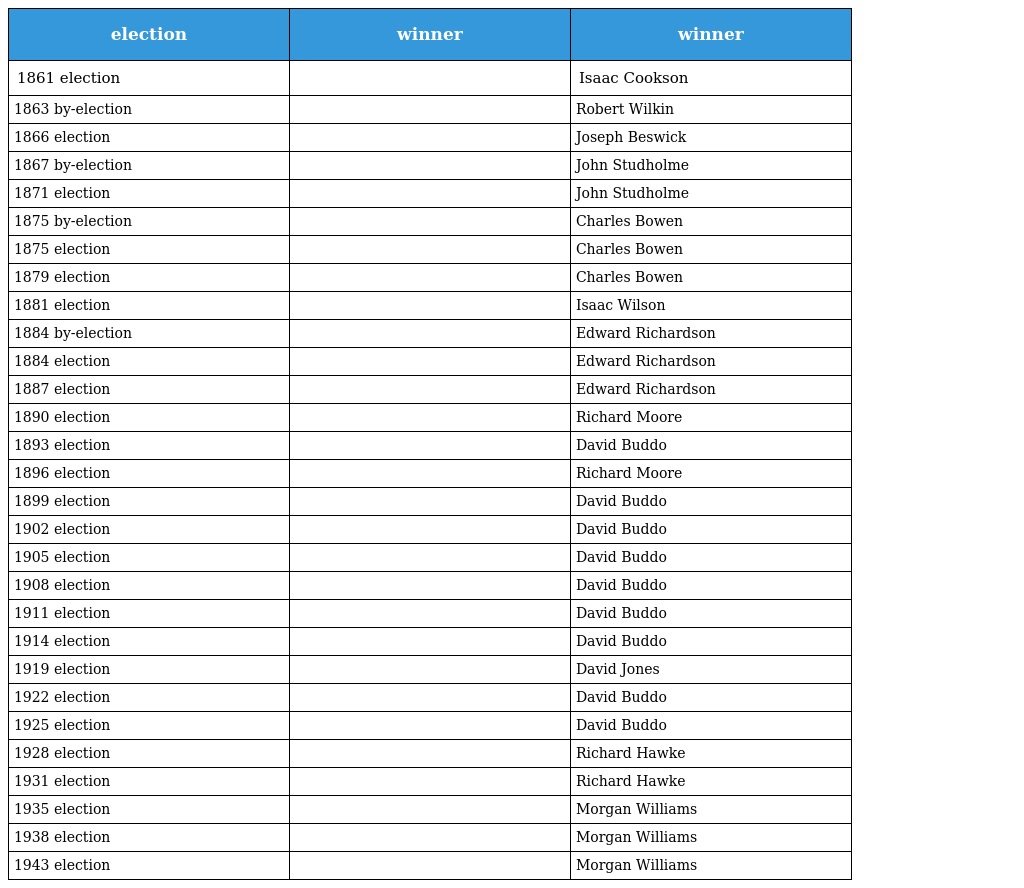
| election | winner | winner |
 | --- | --- | --- |
 | 1861 election |  | Isaac Cookson |
 | 1863 by-election |  | Robert Wilkin |
 | 1866 election |  | Joseph Beswick |
 | 1867 by-election |  | John Studholme |
 | 1871 election |  | John Studholme |
 | 1875 by-election |  | Charles Bowen |
 | 1875 election |  | Charles Bowen |
 | 1879 election |  | Charles Bowen |
 | 1881 election |  | Isaac Wilson |
 | 1884 by-election |  | Edward Richardson |
 | 1884 election |  | Edward Richardson |
 | 1887 election |  | Edward Richardson |
 | 1890 election |  | Richard Moore |
 | 1893 election |  | David Buddo |
 | 1896 election |  | Richard Moore |
 | 1899 election |  | David Buddo |
 | 1902 election |  | David Buddo |
 | 1905 election |  | David Buddo |
 | 1908 election |  | David Buddo |
 | 1911 election |  | David Buddo |
 | 1914 election |  | David Buddo |
 | 1919 election |  | David Jones |
 | 1922 election |  | David Buddo |
 | 1925 election |  | David Buddo |
 | 1928 election |  | Richard Hawke |
 | 1931 election |  | Richard Hawke |
 | 1935 election |  | Morgan Williams |
 | 1938 election |  | Morgan Williams |
 | 1943 election |  | Morgan Williams |